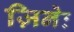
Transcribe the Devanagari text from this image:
ज़िनेः